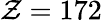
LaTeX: \mathcal{Z}=172